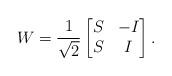
LaTeX: \begin{align*}W=\frac{1}{\sqrt{2}}\begin{bmatrix}S & -I \\S & I\end{bmatrix}.\end{align*}